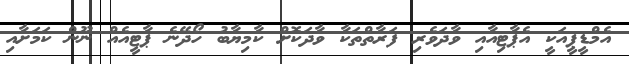
އެމްޑީޕީއަކީ އެޕާޓިއާއި ވާދަވެރި ފަރާތްތަކާ ވާދަކޮށް ކާމިޔާބު ހޯދޭނެ ޕާޓީއެއް ނޫން ކަމަށާއި